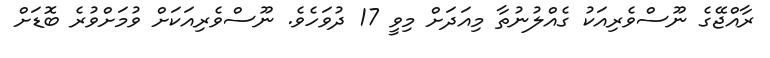
ރާއްޖޭގެ ނޫސްވެރިއަކު ގެއްލުނުތާ މިއަދަށް މިވީ 17 ދުވަހެވެ. ނޫސްވެރިއަކަށް ވުމަށްވުރެ ބޮޑަށް